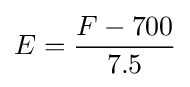
E={\frac {F-700}{7.5}}